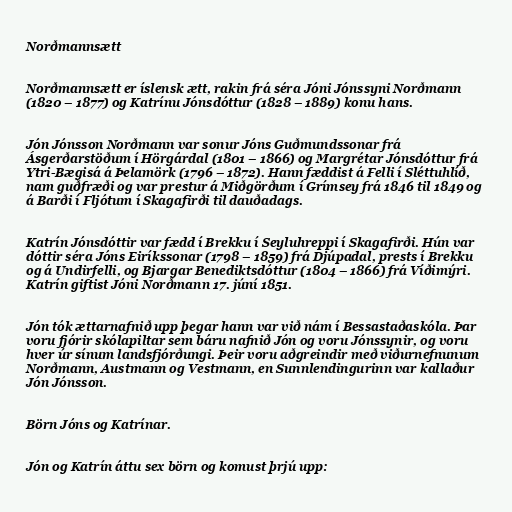
Norðmannsætt

Norðmannsætt er íslensk ætt, rakin frá séra Jóni Jónssyni Norðmann
(1820 – 1877) og Katrínu Jónsdóttur (1828 – 1889) konu hans.

Jón Jónsson Norðmann var sonur Jóns Guðmundssonar frá
Ásgerðarstöðum í Hörgárdal (1801 – 1866) og Margrétar Jónsdóttur frá
Ytri-Bægisá á Þelamörk (1796 – 1872). Hann fæddist á Felli í Sléttuhlíð,
nam guðfræði og var prestur á Miðgörðum í Grímsey frá 1846 til 1849 og
á Barði í Fljótum í Skagafirði til dauðadags.

Katrín Jónsdóttir var fædd í Brekku í Seyluhreppi í Skagafirði. Hún var
dóttir séra Jóns Eiríkssonar (1798 – 1859) frá Djúpadal, prests í Brekku
og á Undirfelli, og Bjargar Benediktsdóttur (1804 – 1866) frá Víðimýri.
Katrín giftist Jóni Norðmann 17. júní 1851.

Jón tók ættarnafnið upp þegar hann var við nám í Bessastaðaskóla. Þar
voru fjórir skólapiltar sem báru nafnið Jón og voru Jónssynir, og voru
hver úr sínum landsfjórðungi. Þeir voru aðgreindir með viðurnefnunum
Norðmann, Austmann og Vestmann, en Sunnlendingurinn var kallaður
Jón Jónsson.

Börn Jóns og Katrínar.

Jón og Katrín áttu sex börn og komust þrjú upp: